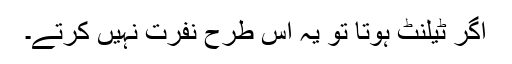
اگر ٹیلنٹ ہوتا تو یہ اس طرح نفرت نہیں کرتے۔